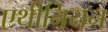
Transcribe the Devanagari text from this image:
एथीनियन